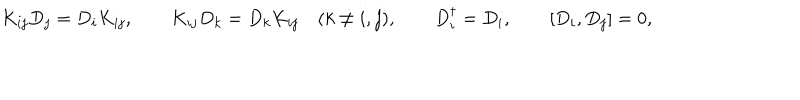
K _ { i j } D _ { j } = D _ { i } K _ { i j } , \qquad K _ { i j } D _ { k } = D _ { k } K _ { i j } \quad ( k \ne i , j ) , \qquad D _ { i } ^ { \dagger } = D _ { i } , \qquad [ D _ { i } , D _ { j } ] = 0 ,